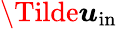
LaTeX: \boldsymbol{\Tilde{u}}_{\mathrm{in}}